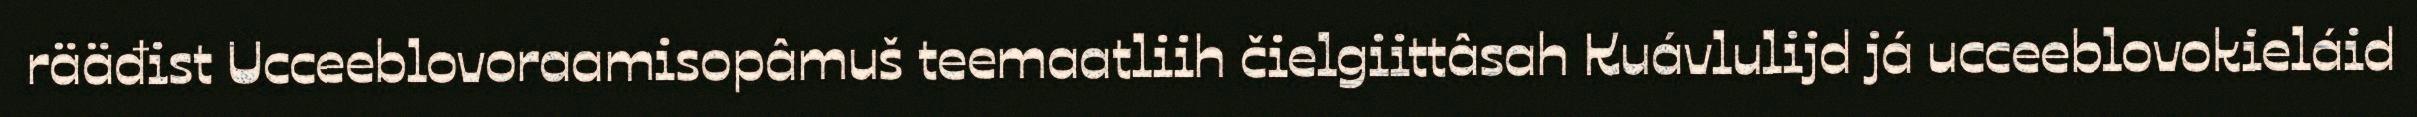
rääđist Ucceeblovoraamisopâmuš teemaatliih čielgiittâsah Kuávlulijd já ucceeblovokieláid